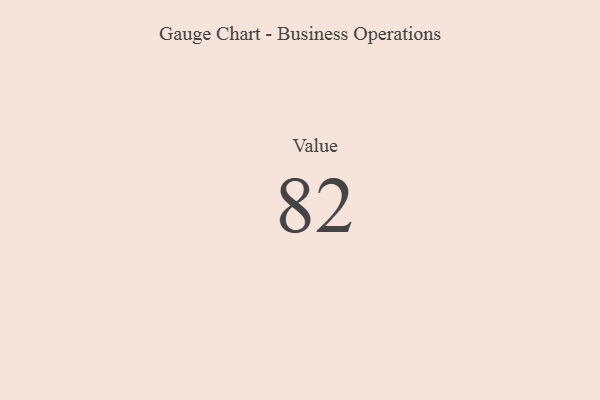
{"axis": {"x": "Metric", "y": "Value"}, "legend": [""], "data": [{"x": "Value", "y": 82, "type": ""}]}